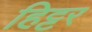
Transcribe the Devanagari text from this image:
हिट्टर